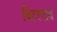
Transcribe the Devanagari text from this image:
बिटरगाव